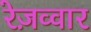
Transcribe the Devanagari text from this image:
रेज़व्वार